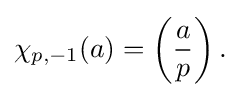
\chi _{p,-1}(a)=\left({\frac {a}{p}}\right).\;